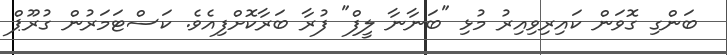
ބަންގި ގޮވަން ކައިރިވިއިރު މުޅި "ބަނާނާ ލީފް" ފުރާ ބަރާކޮށްފިއެވެ. ކަސްޓަމަރުން ގުރޫޕް